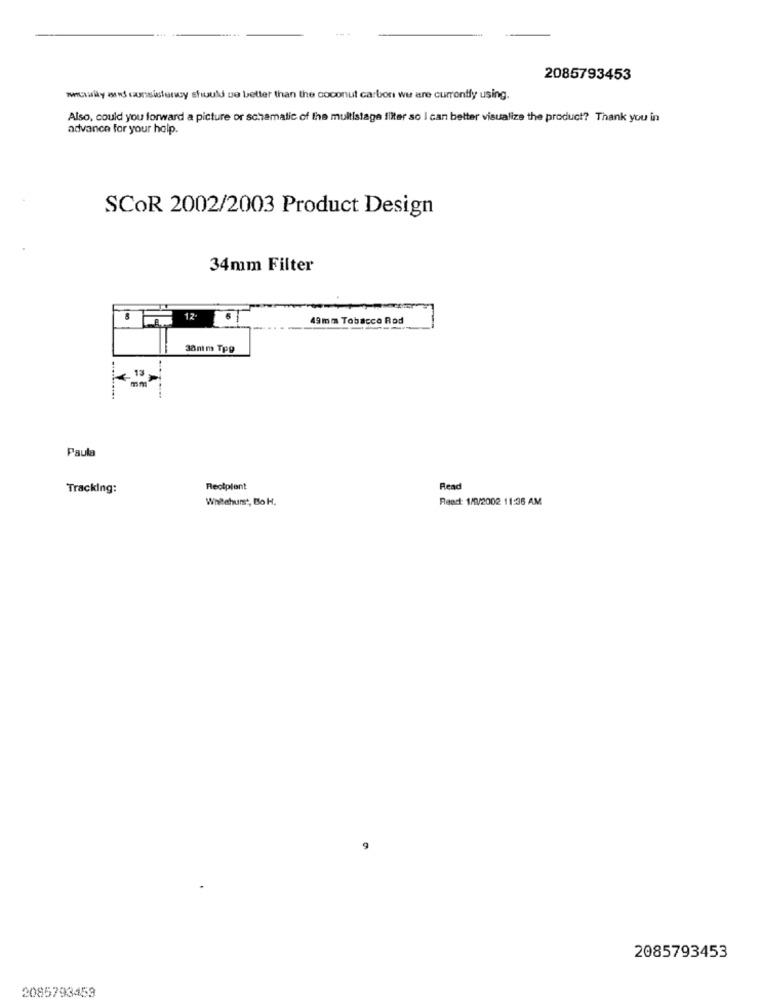
---
2085793453
whonly and consistency should be better than the coconut carbon we are currently using.
Also, could you forward a picture or schamalic of the multistage filter so I can better visualize the product? Thank you in
advance for your halp.
SCOR 2002/2003 Product Design
34mm Filter
12.
49mm Tobacco Rod
3anim Tpg
. 13
Paula
Tracking:
Recipient
Read
Whitehurst, Bo H.
React: 1/1/2002 11:36 AM
9
2085793453
2085793459